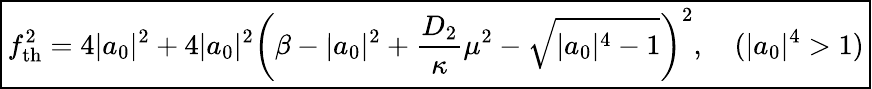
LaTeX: \begin{array}{r}{\boxed{f_{\mathrm{th}}^{2}=4|a_{0}|^{2}+4|a_{0}|^{2}\left(\beta-|a_{0}|^{2}+\frac{D_{2}}{\kappa}\mu^{2}-\sqrt{|a_{0}|^{4}-1}\right)^{2},\quad(|a_{0}|^{4}>1)}}\end{array}